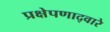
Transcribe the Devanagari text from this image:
प्रक्षेपणाद्वारे